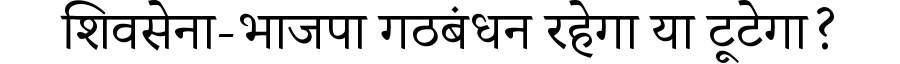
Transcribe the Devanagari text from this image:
शिवसेना-भाजपा गठबंधन रहेगा या टूटेगा?